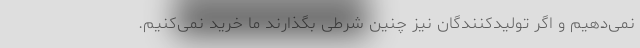
نمی‌دهیم و اگر تولیدکنندگان نیز چنین شرطی بگذارند ما خرید نمی‌کنیم.